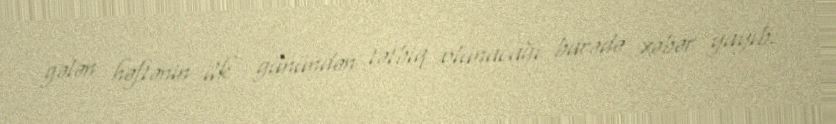
gələn həftənin ilk günündən tətbiq olunacağı barədə xəbər yayıb.